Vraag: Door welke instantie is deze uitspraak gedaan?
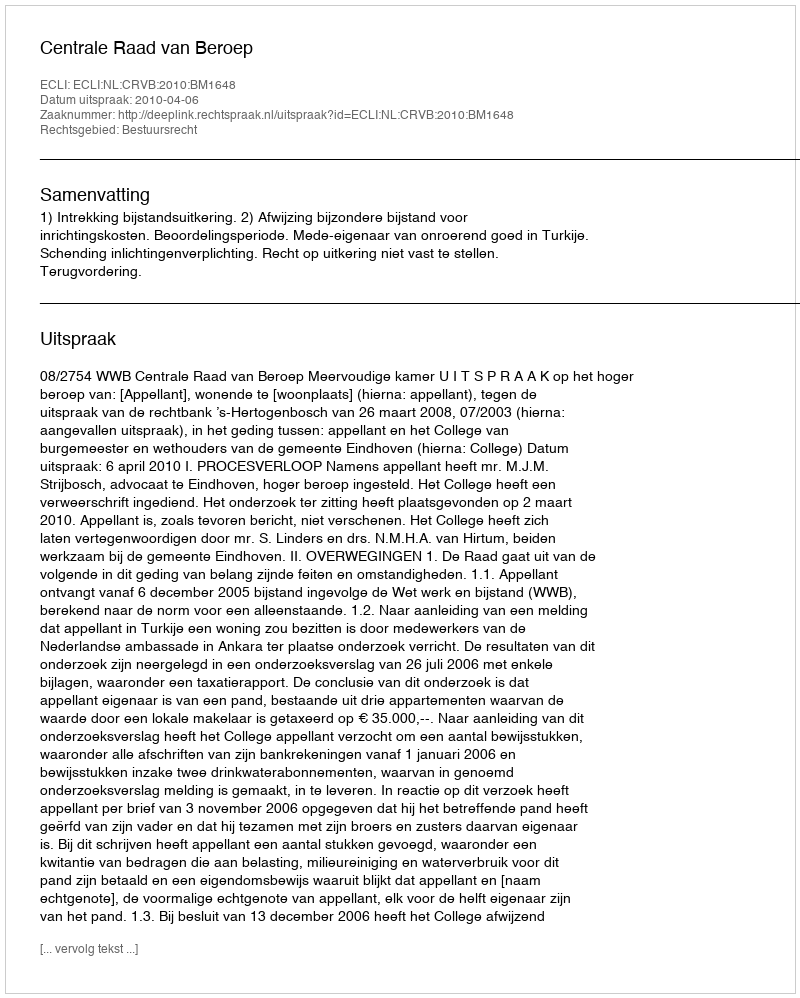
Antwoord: Centrale Raad van Beroep